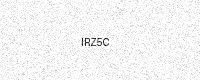
Text: IRZ5C